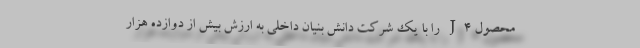
محصول J4 را با یک شرکت دانش بنیان داخلی به ارزش بیش از دوازده هزار